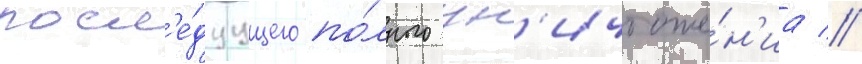
посл'е́дуущего по́лного ун'ичтоже́н'иа //